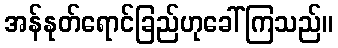
အန်နုတ်ရောင်ခြည်ဟုခေါ်ကြသည်။